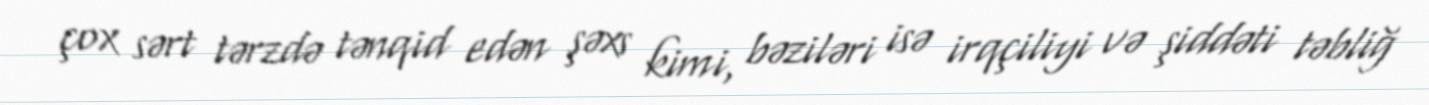
çox sərt tərzdə tənqid edən şəxs kimi, bəziləri isə irqçiliyi və şiddəti təbliğ